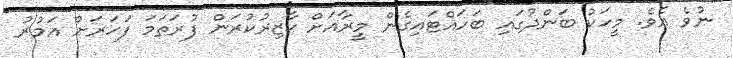
ނުވެ އެވެެ. މީހަކު ބަންދުގައި ބަހައްޓައިގެން މީރާއަށް ހާޒިރުކުރަން ފުރަތަމަ ފަހަރަށް އަމުރު